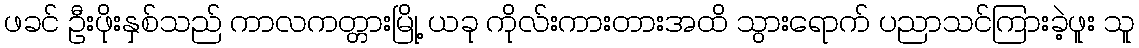
ဖခင် ဦးဖိုးနှစ်သည် ကာလကတ္တားမြို့ ယခု ကိုလ်းကားတားအထိ သွားရောက် ပညာသင်ကြားခဲ့ဖူး သူ